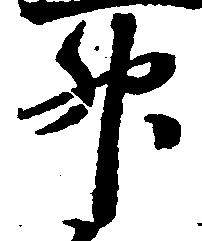
升